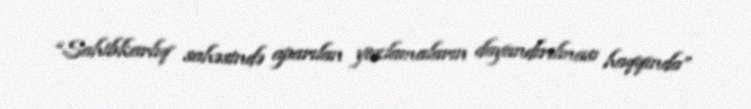
“Sahibkarlıq sahəsində aparılan yoxlamaların dayandırılması haqqında”